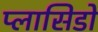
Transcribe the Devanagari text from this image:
प्लासिडो